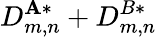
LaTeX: D_{m,n}^{\mathbf{A}*}+D_{m,n}^{B*}